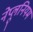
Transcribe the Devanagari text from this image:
नेप्लूनियम